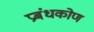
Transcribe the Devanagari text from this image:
प्रबंधकोण